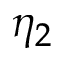
\eta _ { 2 }